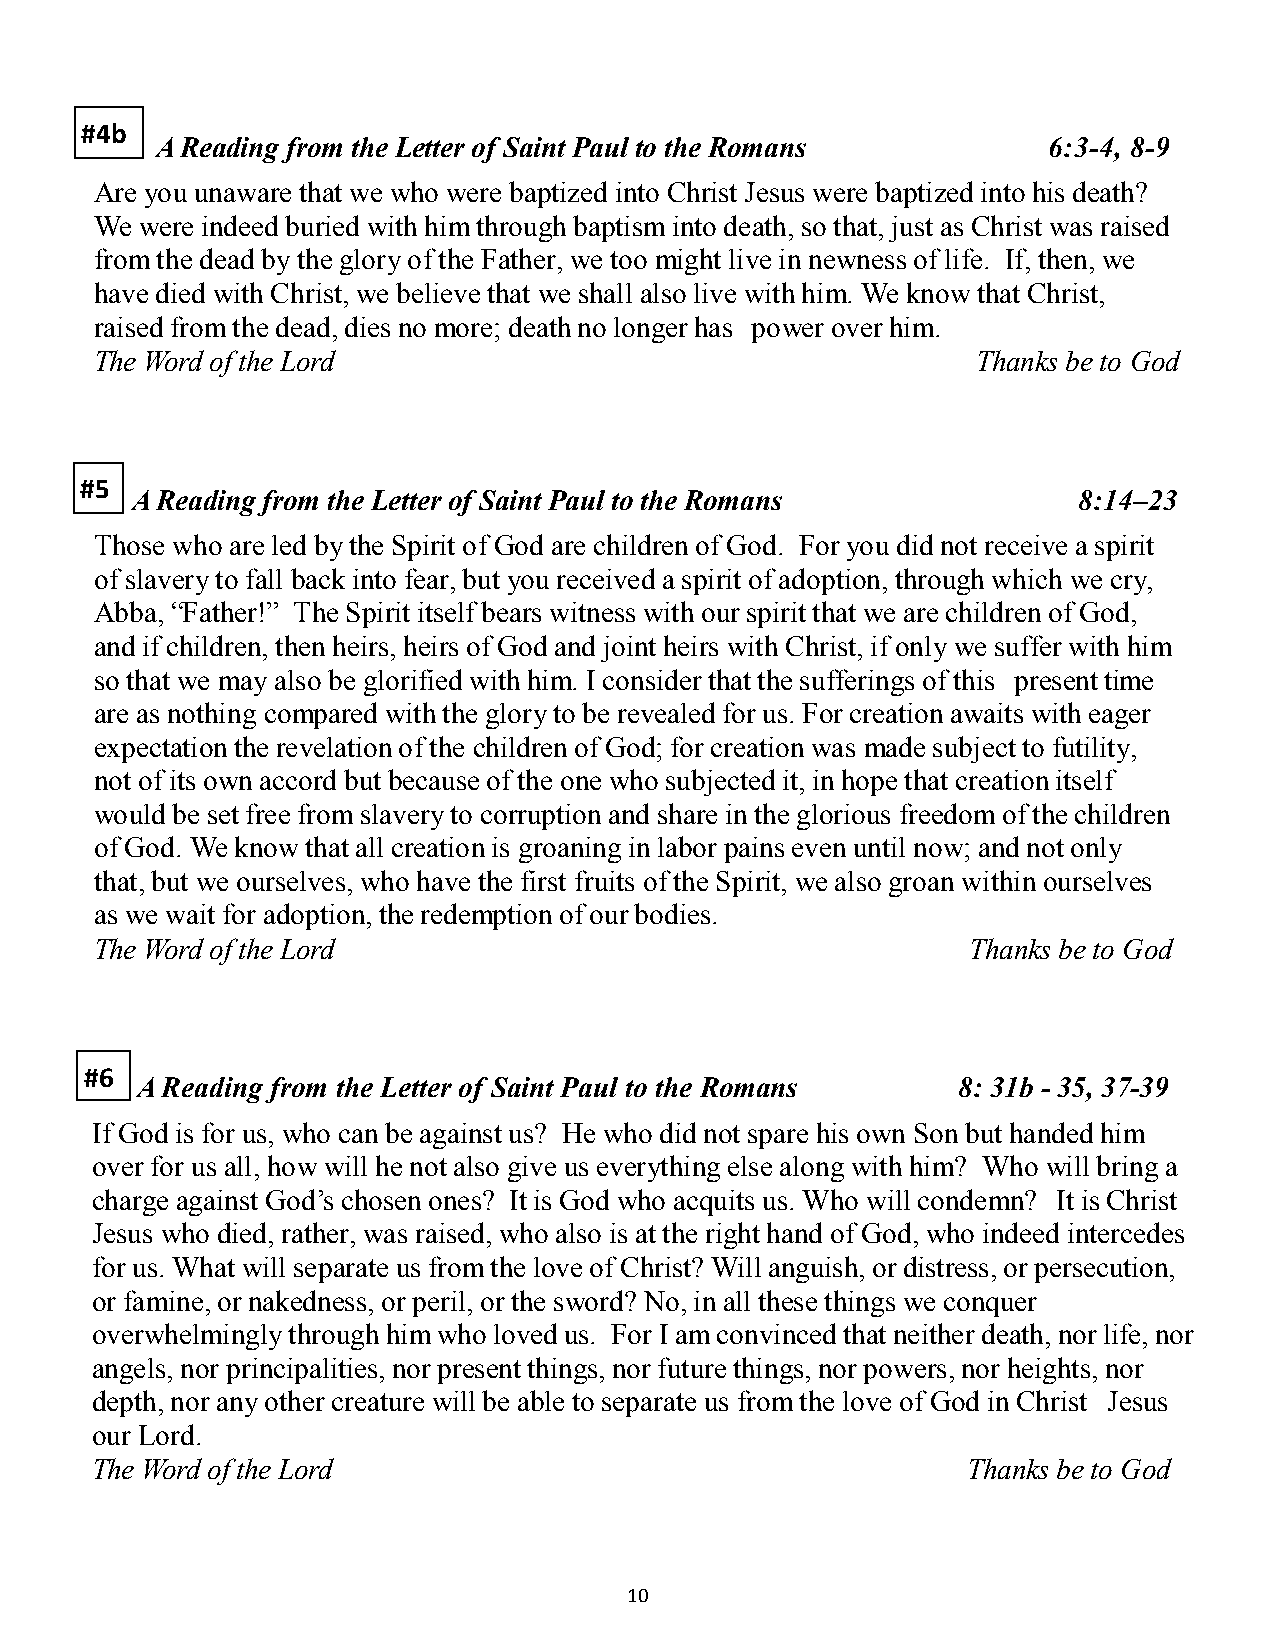
#4b
 A Reading from the Letter of Saint Paul to the Romans      6:3-4, 8-9
 Are you unaware that we who were baptized into Christ Jesus were baptized into his death?
 We were indeed buried with him through baptism into death, so that, just as Christ was raised
 from the dead by the glory of the Father, we too might live in newness of life. If, then, we
 have died with Christ, we believe that we shall also live with him. We know that Christ,
 raised from the dead, dies no more; death no longer has power over him.
 The Word of the Lord                                       Thanks be to God
 #5
 A Reading from the Letter of Saint Paul to the Romans         8:14–23
 Those who are led by the Spirit of God are children of God. For you did not receive a spirit
 of slavery to fall back into fear, but you received a spirit of adoption, through which we cry,
 Abba, “Father!” The Spirit itself bears witness with our spirit that we are children of God,
 and if children, then heirs, heirs of God and joint heirs with Christ, if only we suffer with him
 so that we may also be glorified with him. I consider that the sufferings of this present time
 are as nothing compared with the glory to be revealed for us. For creation awaits with eager
 expectation the revelation of the children of God; for creation was made subject to futility,
 not of its own accord but because of the one who subjected it, in hope that creation itself
 would be set free from slavery to corruption and share in the glorious freedom of the children
 of God. We know that all creation is groaning in labor pains even until now; and not only
 that, but we ourselves, who have the first fruits of the Spirit, we also groan within ourselves
 as we wait for adoption, the redemption of our bodies.
 The Word of the Lord                                      Thanks be to God
 #6
 A Reading from the Letter of Saint Paul to the Romans 8: 31b - 35, 37-39
 If God is for us, who can be against us? He who did not spare his own Son but handed him
 over for us all, how will he not also give us everything else along with him? Who will bring a
 charge against God’s chosen ones? It is God who acquits us. Who will condemn? It is Christ
 Jesus who died, rather, was raised, who also is at the right hand of God, who indeed intercedes
 for us. What will separate us from the love of Christ? Will anguish, or distress, or persecution,
 or famine, or nakedness, or peril, or the sword? No, in all these things we conquer
 overwhelmingly through him who loved us. For I am convinced that neither death, nor life, nor
 angels, nor principalities, nor present things, nor future things, nor powers, nor heights, nor
 depth, nor any other creature will be able to separate us from the love of God in Christ Jesus
 our Lord.
 The Word of the Lord                                      Thanks be to God
 10